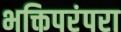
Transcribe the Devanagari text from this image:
भक्तिपरंपरा